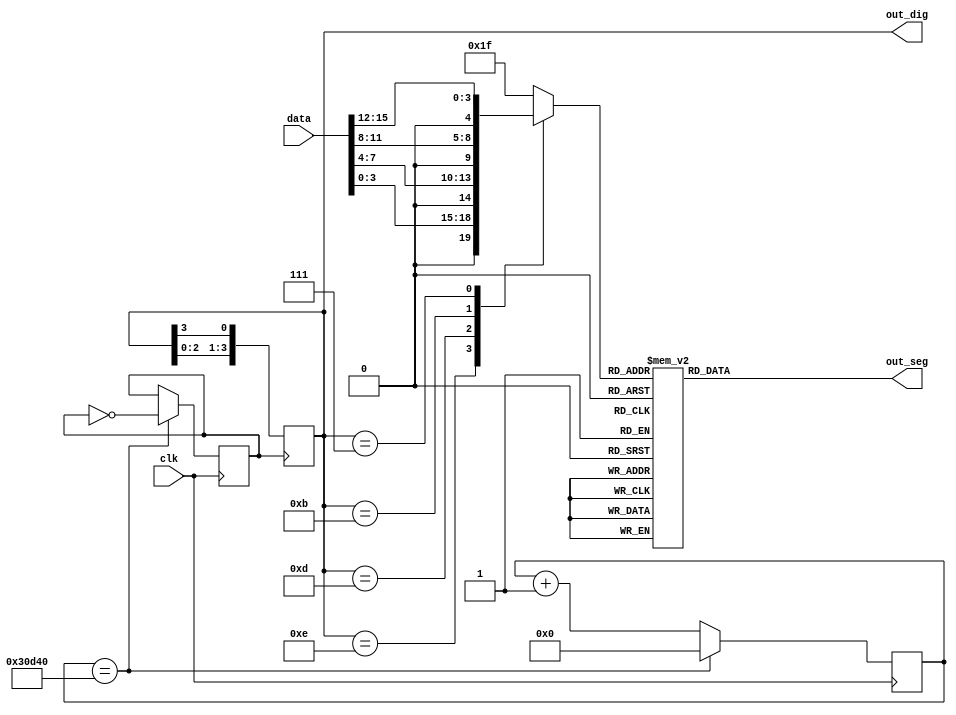
module segDisplayDriver(clk,data,out_dig,out_seg);

input clk;
input [15:0] data;
output [3:0] out_dig;
output [7:0] out_seg;

//
reg [31:0] clk_cnt;
reg clk_500Hz;

always @ (posedge clk)
    if(clk_cnt == 32'd200_000) begin
        clk_cnt <= 1'b0;
        clk_500Hz <= ~clk_500Hz;
    end
    else
        clk_cnt <= clk_cnt + 1'b1;

//Digit Control
reg [3:0] dig_ctrl = 4'b1110;
always @(posedge clk_500Hz)
dig_ctrl <= { dig_ctrl[2:0], dig_ctrl[3] };

//Segment Control
reg [4:0] seg_ctrl;
always @ (dig_ctrl)
    case(dig_ctrl)
        4'b1110:    seg_ctrl={1'b0,data[3:0]};
        4'b1101:    seg_ctrl={1'b0,data[7:4]};
        4'b1011:    seg_ctrl={1'b0,data[11:8]};
        4'b0111:    seg_ctrl={1'b0,data[15:12]};
        default:      seg_ctrl=5'h1f;
    endcase
//----------------------------------------------------------
//
reg [7:0] seg_reg;
//seg_reg = {dp,g,f,e,d,c,b,a}
always @( seg_ctrl )
    case( seg_ctrl )
        5'h00:  seg_reg = 8'b1100_0000;//0
        5'h01:  seg_reg = 8'b1111_1001;//1
        5'h02:  seg_reg = 8'b1010_0100;//2
        5'h03:  seg_reg = 8'b1011_0000;//3
        5'h04:  seg_reg = 8'b1001_1001;//4
        5'h05:  seg_reg = 8'b1001_0010;//5
        5'h06:  seg_reg = 8'b1000_0010;//6
        5'h07:  seg_reg = 8'b1111_1000;//7
        5'h08:  seg_reg = 8'b1000_0000;//8
        5'h09:  seg_reg = 8'b1001_0000;//9
        5'h0a:  seg_reg = 8'b1000_1000;//a
        5'h0b:  seg_reg = 8'b1000_0011;//b
        5'h0c:  seg_reg = 8'b1100_0110;//c
        5'h0d:  seg_reg = 8'b1010_0001;//d
        5'h0e:  seg_reg = 8'b1000_0110;//e
        5'h0f:  seg_reg = 8'b1000_1110;//f
        5'h10:  seg_reg = 8'b1111_1111;//None
        5'h11:  seg_reg = 8'b1100_0111;//L
        5'h12:  seg_reg = 8'b1010_1111;//r
        5'h13:  seg_reg = 8'b1010_0001;//d
        5'h14:  seg_reg = 8'b1010_0011;//o
        5'h15:  seg_reg = 8'b1010_1011;//n
        5'h16:  seg_reg = 8'b1000_0110;//e
//         5'hf:seg_reg=8'b1111_1111;//
        default:seg_reg = 8'b1111_1111;//None
    endcase
//----------------------------------------------------------
assign out_dig = dig_ctrl;
assign out_seg = seg_reg;

endmodule